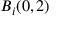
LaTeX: B _ { i } ( 0 , 2 )